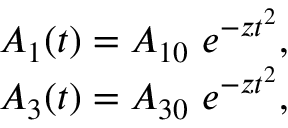
\begin{array} { r } { A _ { 1 } ( t ) = A _ { 1 0 } \ e ^ { - z t ^ { 2 } } , } \\ { A _ { 3 } ( t ) = A _ { 3 0 } \ e ^ { - z t ^ { 2 } } , } \end{array}